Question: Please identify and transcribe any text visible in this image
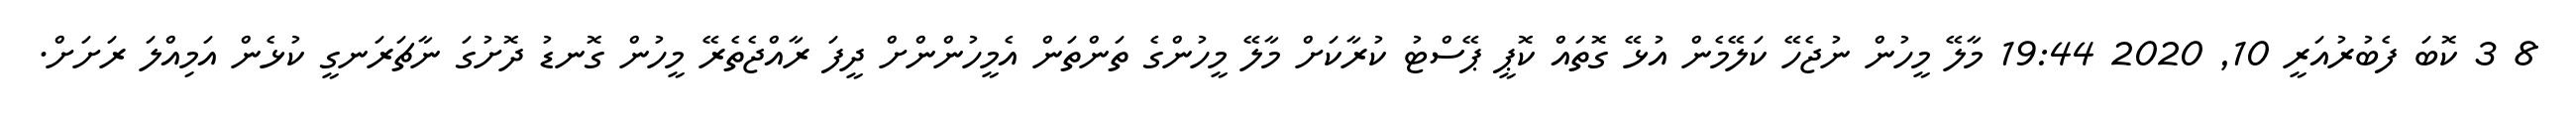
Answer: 8 3 ކޮބަ ފެބުރުއަރީ 10, 2020 19:44 މާލޭ މީހުން ނުޖެހޭ ކަލޭމެން އުޅޭ ގޮތައް ކޮޕީ ޕޭސްޓު ކުރާކަށް މާލޭ މީހުންގެ ތަންތަން އެމީހުންންށް ދީފަ ރާއްޖެތެރޭ މީހުން ގޮނޑު ދޮށުގަ ނާޗަރަނގީ ކުޅެން އަމިއްލަ ރަށަށް.